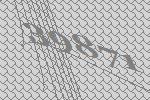
39871